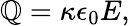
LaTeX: \mathbb{Q}=\kappa\epsilon_{0}E,